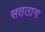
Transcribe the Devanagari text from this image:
सतताग